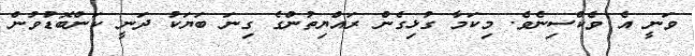
ވަނީ އެ ވެކްސިނެވެ. މިކަމާ ގުޅިގެން ރައްޔިތުންގެ ގިނަ ބަޔަކު ދަނީ ކަންބޮޑުވުން